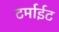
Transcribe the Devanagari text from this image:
टर्माईट